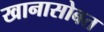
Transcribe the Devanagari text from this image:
खानासोबत